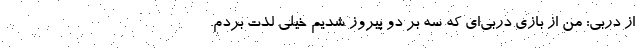
از دربی: من از بازی دربی‌ای که سه بر دو پیروز شدیم خیلی لذت بردم.